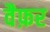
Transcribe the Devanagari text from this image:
वैफ़र